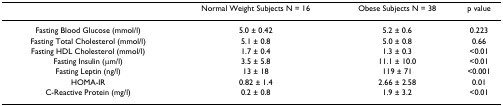
<table><thead><tr><td></td><td><b>Normal Weight Subjects N = 16</b></td><td><b>Obese Subjects N = 38</b></td><td><b>p value</b></td></tr></thead><tbody><tr><td>Fasting Blood Glucose (mmol/l)</td><td>5.0 ± 0.42</td><td>5.2 ± 0.6</td><td>0.223</td></tr><tr><td>Fasting Total Cholesterol (mmol/l)</td><td>5.1 ± 0.8</td><td>5.0 ± 0.8</td><td>0.66</td></tr><tr><td>Fasting HDL Cholesterol (mmol/l)</td><td>1.7 ± 0.4</td><td>1.3 ± 0.3</td><td>&lt;0.01</td></tr><tr><td>Fasting Insulin (μm/l)</td><td>3.5 ± 5.8</td><td>11.1 ± 10.0</td><td>&lt;0.01</td></tr><tr><td>Fasting Leptin (ng/l)</td><td>13 ± 18</td><td>119 ± 71</td><td>&lt;0.001</td></tr><tr><td>HOMA-IR</td><td>0.82 ± 1.4</td><td>2.66 ± 2.58</td><td>0.01</td></tr><tr><td>C-Reactive Protein (mg/l)</td><td>0.2 ± 0.8</td><td>1.9 ± 3.2</td><td>&lt;0.01</td></tr></tbody></table>